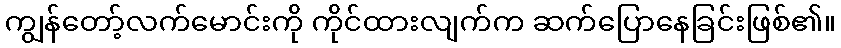
ကျွန်တော့်လက်မောင်းကို ကိုင်ထားလျက်က ဆက်ပြောနေခြင်းဖြစ်၏။